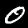
Digit: 0